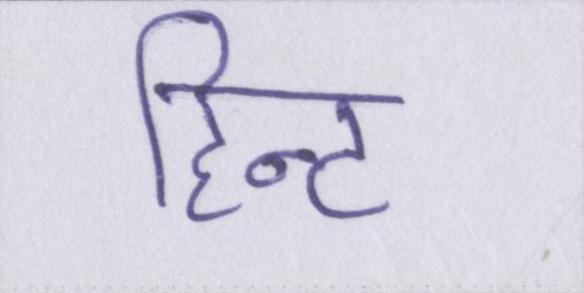
हिन्ट